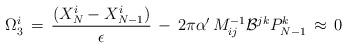
LaTeX: \begin{align*}\Omega_3^i \,=\,{( X^i_N - X^i_{N-1} ) \over \epsilon } \, - \, 2 \pi \alpha^\prime\, M^{-1}_{ij}{\cal B}^{jk} P_{N-1}^k \,\approx\,0\end{align*}